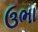
ઉભા